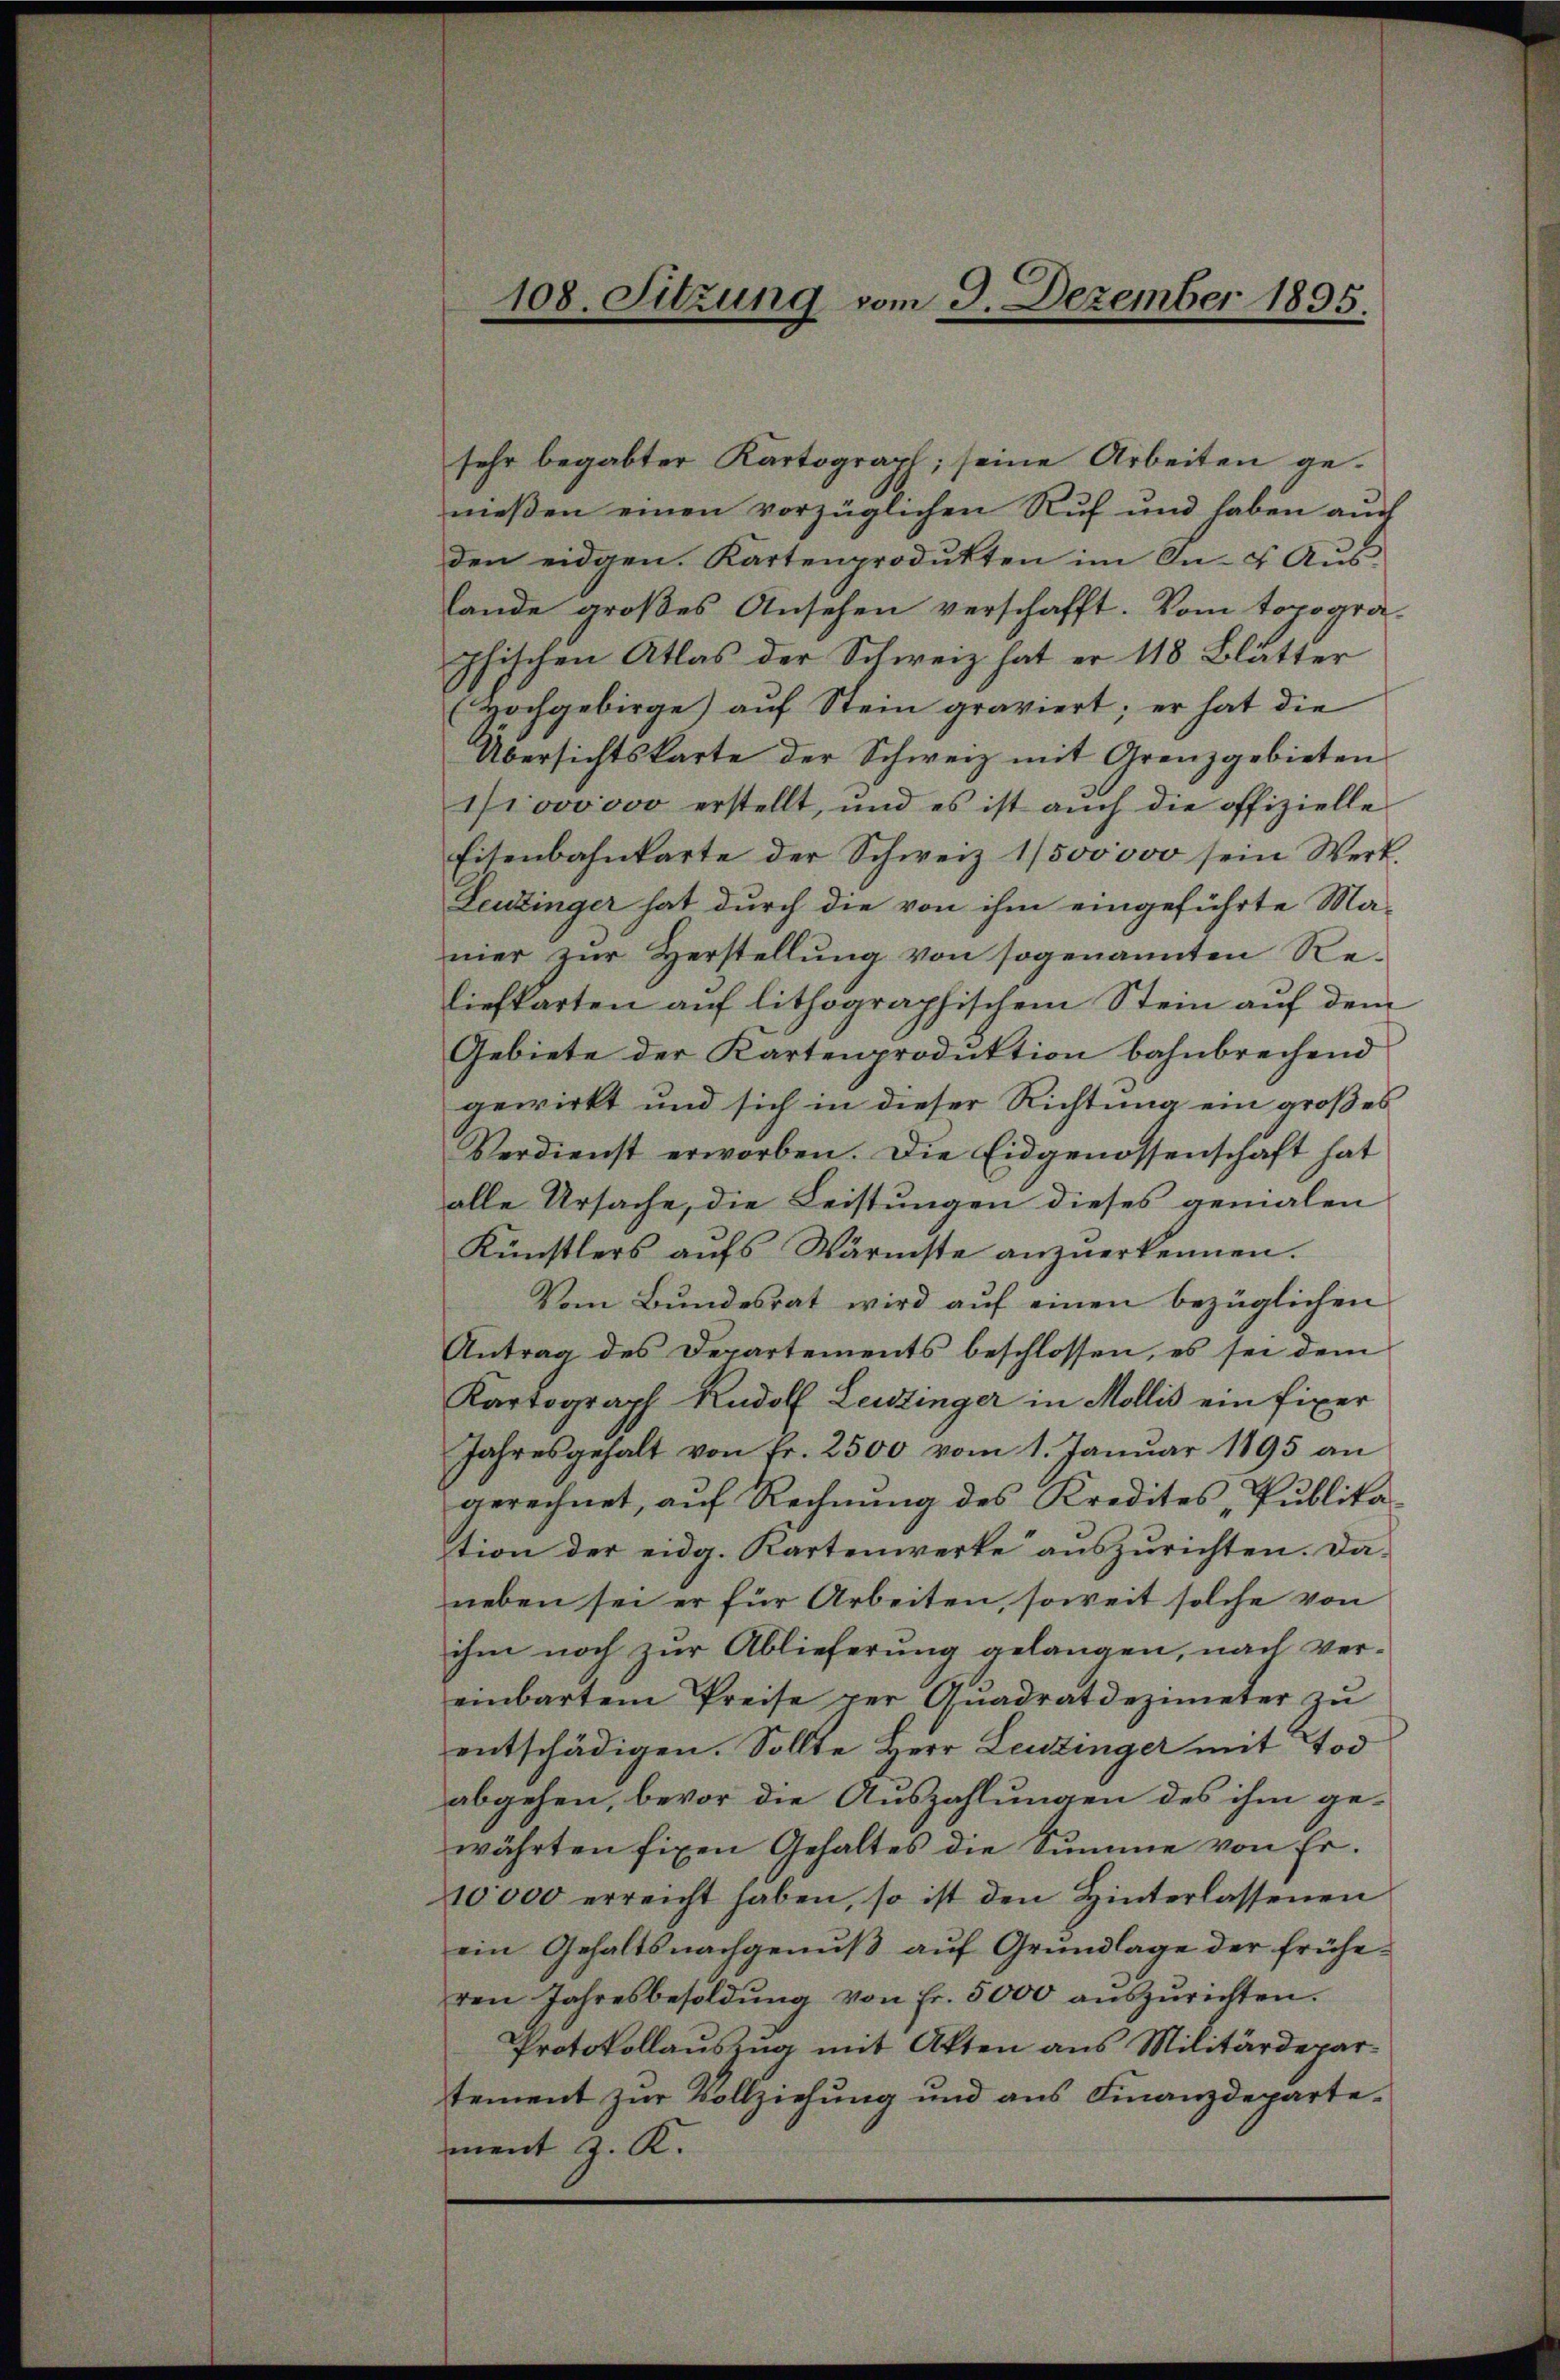
108. Sitzung vom 3. Dezember 1895.

sehr begabter Kartograph; seine Arbeiten genießen einen vorzüglichen Ruf und haben auch
den eidgen. Kartenprodukten im In- u Aŭs-
lande großes Ansehen verschafft. Vom topogra-
phischen Atlas der Schweiz hat er 118 Blätter
Hochgebirge) auf Stein graviert; er hat die
Übersichtskarte der Schweiz mit Grenzgebieten
1000000 erstellt, und es ist auch die offizielle
Eisenbahnkarte der Schweiz 1/500000 sein Wert
Leuzinger hat durch die von ihm eingeführte Ma-
nier zŭr Herstellŭng von sogenannten Re-
liefkarten auf lithographischem Stein auf dem
Gebiete der Kartenproduktion bahnbrechend
gewirkt und sich in dieser Richtung ein großes
Verdienst erworben. Die Eidgenossenschaft hat
alle Ursache, die Leistungen dieses gemalen
Künstlers aŭfs Wärmste anzŭerkennen.
Vom Bundesrat wird aŭf einen bezüglichen
Antrag des Departements beschlossen, es sei dem
Kartograph Rudolf Leistinger in Mollis ein fixer
Jahresgehalt von Fr. 2500 vom 1. Januar 1895 an
gerechnet, auf Rechnung des Kredites, Publika-
tion der eidg. Kartenwerke auszurichten. Daneben sei er für Arbeiten, soweit solche von
ihm noch zur Ablieferung gelangen, nach vereinbartem Preise per Anadratdezimeter zŭ
entschädigen. Sollte Herr Leuzinger mit Tod
abgehen, bevor die Auszahlungen des ihm gewährten fixen Gehaltes die Summe von Er¬
10000 erreicht haben, so ist den Hinterlassenen
ein Gehaltsnachgenuß auf Grundlage der früheren Jahresbesoldŭng von Fr. 5000 aŭszŭrichten.
Protokollauszug mit Akten aus Militärdepar-
tement zur Vollziehung und aus Finanzdepartement z. K.